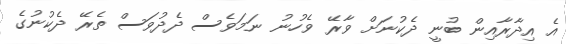
އެ އިދާރާއިން ބުނީ ދެކުނަށް ވާރޭ ވެހުނު ނަމަވެސް ދެދުވަސް ތެރޭ ދެކުނުގެ